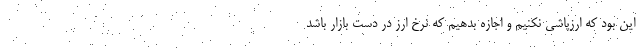
این بود که ارزپاشی نکنیم و اجازه بدهیم که نرخ ارز در دست بازار باشد